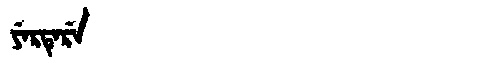
Manchu: ᠶᡝᡵᡨᡝᡵᡝ
Romanization: YERTERE